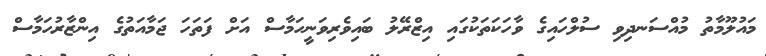
މައުލޫމާތު މުއްސަނދިވި ސުލްހައިގެ ވާހަކަތަކުގައި އިޒްރޭލު ބައިވެރިވަނީހަމާސް އަށް ފަތަހަ ޖަމާއަތުގެ އިންޒާރުހަމާސް